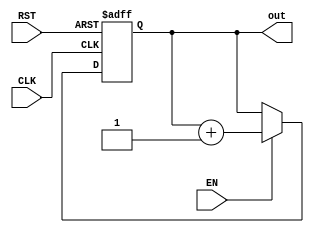
`timescale 1ns / 1ps
//////////////////////////////////////////////////////////////////////////////////
// Company: 
// Engineer: 
// 
// Design Name: 
// Module Name: contadorFinal
// Project Name: 
// Target Devices: 
// Tool Versions: 
// Description: 
// 
// Dependencies: 
// 
// Revision:
// Revision 0.01 - File Created
// Additional Comments:
// 
//////////////////////////////////////////////////////////////////////////////////


module contadorFinal(
    input CLK,RST,EN,
    output [6:0] out
    );
   
   parameter COUNTER_WIDTH = 7;

   reg [COUNTER_WIDTH-1:0] count = {COUNTER_WIDTH{1'b0}};
   
   always @(posedge CLK,posedge RST)
      if (RST)
         count <= {COUNTER_WIDTH{1'b0}};
      else if (EN)
         count <= count + 1'b1;
   assign out=count;
endmodule